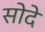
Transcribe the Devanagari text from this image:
सोदे